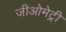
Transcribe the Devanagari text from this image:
जीओमेट्री